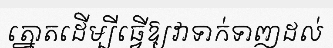
ត្នោតដើម្បីធ្វើឱ្យវាទាក់ទាញដល់